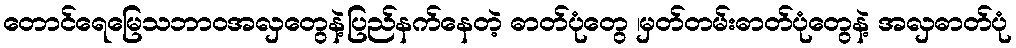
တောင်ရေမြေသဘာ၀အလှတွေနဲ့ပြည်နက်နေတဲ့ ဓာတ်ပုံတွေ ၊မှတ်တမ်းဓာတ်ပုံတွေနဲ့ အလှဓာတ်ပုံ